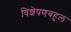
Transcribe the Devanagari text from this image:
विशेषणबहुल